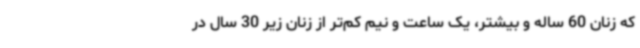
که زنان 60 ساله و بیشتر، یک ساعت و نیم کم‌تر از زنان زیر 30 سال در